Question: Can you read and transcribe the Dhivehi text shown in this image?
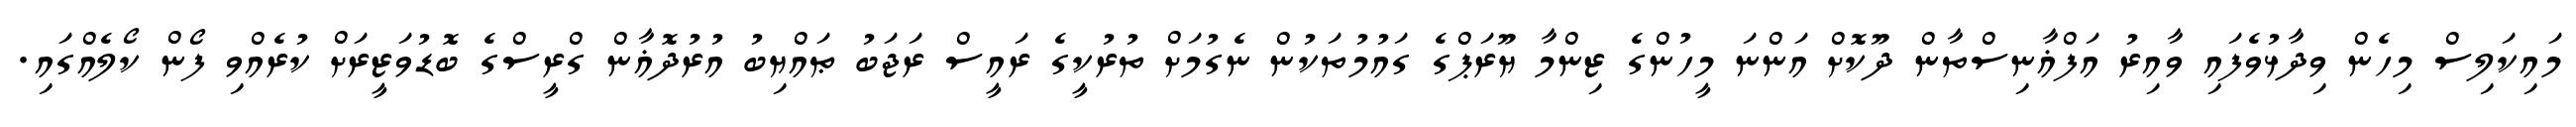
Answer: މައިކަލިސް މިހެން ވިދާޅުވެފައި ވާއިރު އަފްޣާނިސްތާން ދޫކޮށް އަންނަ މީހުންގެ ޒިންމާ ޔޫރަޕްގެ ގައުމުތަކުން ނެގުމަށް ތުރުކީގެ ރައީސް ރަޖަބު ޠައްޔިބު އުރުދޮޣާން ގްރީސްގެ ބޮޑުވަޒީރަށް ކުރެއްވި ފޯން ކޯލެއްގައި.